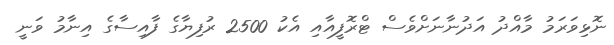
ނޮޅިވަރަމު މާއްދު އަދުނާނަށްވެސް ޓްރޮފީއާއި އެކު 2500 ރުފިޔާގެ ފާއިސާގެ އިނާމު ވަނީ